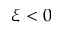
\xi < 0